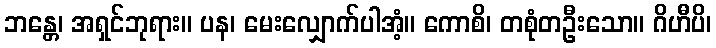
ဘန္တေ၊ အရှင်ဘုရား။ ပန၊ မေးလျှောက်ပါအံ့။ ကောစိ၊ တစုံတဦးသော။ ဂိဟီပိ၊